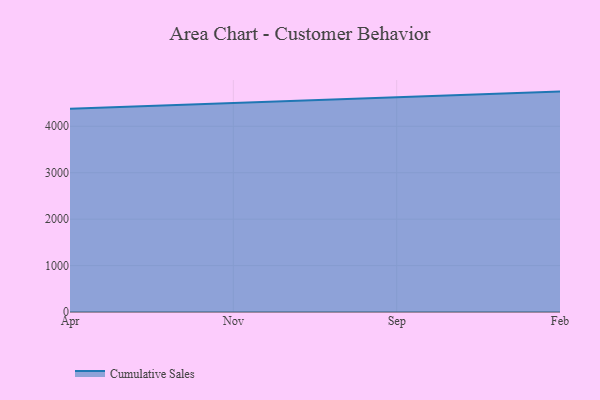
{"axis": {"x": "Month", "y": "Conversion Rate (%)"}, "legend": ["Cumulative Sales"], "data": [{"x": "Apr", "y": 4374.8, "type": "Cumulative Sales"}, {"x": "Nov", "y": 4496.8, "type": "Cumulative Sales"}, {"x": "Sep", "y": 4612.9, "type": "Cumulative Sales"}, {"x": "Feb", "y": 4746.8, "type": "Cumulative Sales"}]}